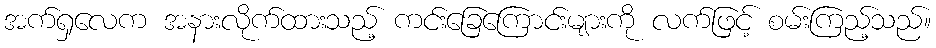
အက်ရှလေက အနားလိုက်ထားသည့် ကင်းခြေကြောင်းများကို လက်ဖြင့် စမ်းကြည့်သည်။